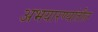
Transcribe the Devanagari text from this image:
अभयारण्यांतील